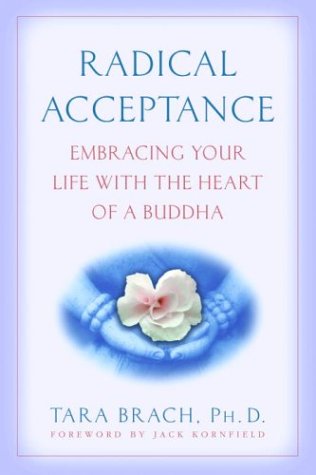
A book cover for Radical Acceptance: Embracing Your Life With the Heart of a Buddha; Tara Brach; Self-Help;